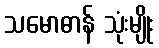
သမောဓာန် သုံးမျိုး